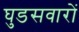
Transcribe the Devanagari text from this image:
घुडसवारों